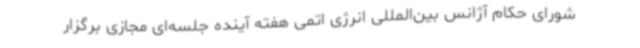
شورای حکام آژانس بین‌المللی انرژی اتمی هفته آینده جلسه‌ای مجازی برگزار